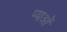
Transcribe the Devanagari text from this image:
प्याओं